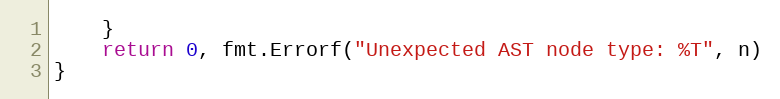
Language: Go
	}
	return 0, fmt.Errorf("Unexpected AST node type: %T", n)
}